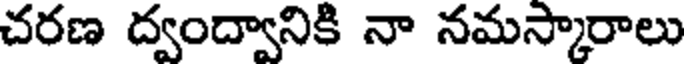
చరణ ద్వంద్వానికి నా నమస్కారాలు